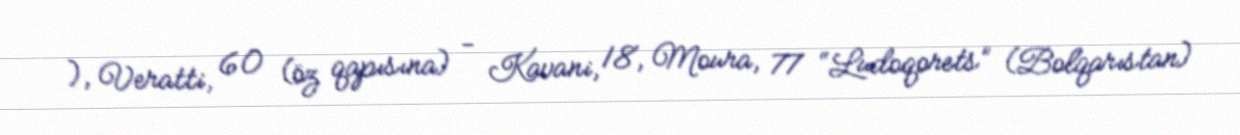
), Veratti, 60 (öz qapısına) - Kavani, 18, Moura, 77 “Ludoqorets” (Bolqarıstan)